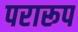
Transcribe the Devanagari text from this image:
परारूप